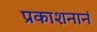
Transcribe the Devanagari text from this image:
प्रकाशनानं